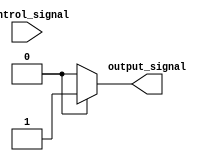
module case_if_else (
    input wire control_signal,
    output reg output_signal
);

always @* begin
    case (control_signal)
        3'b000: begin
            if (additional_condition) begin
                output_signal <= 1'b1;
            end else begin
                output_signal <= 1'b0;
            end
        end
        3'b001: begin
            if (additional_condition) begin
                output_signal <= 1'b1;
            end else begin
                output_signal <= 1'b0;
            end
        end
        default: begin
            output_signal <= 1'b0;
        end
    endcase
end

endmodule